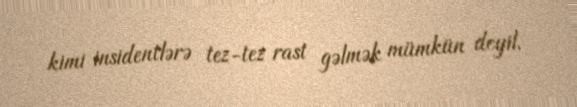
kimi insidentlərə tez-tez rast gəlmək mümkün deyil.